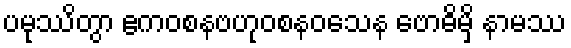
ပမုဿိတွာ ဧကဝစနဗဟုဝစနဝသေန ဗောဓိမှိ နာမဿ